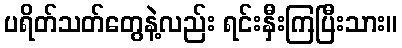
ပရိတ်သတ်တွေနဲ့လည်း ရင်းနှီးကြပြီးသား။